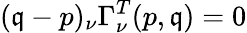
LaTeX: (\mathfrak{q}-p)_{\nu}\Gamma_{\nu}^{T}(p,\mathfrak{q})=0